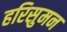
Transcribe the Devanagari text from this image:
हरिसुमन